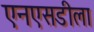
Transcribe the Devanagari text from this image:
एनएसडीला